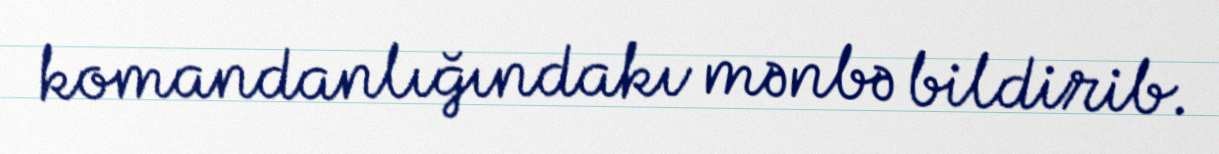
komandanlığındakı mənbə bildirib.